Lunatic asylums Central Provinces reports 1910-1926 - 1910-1926
Year: 1910
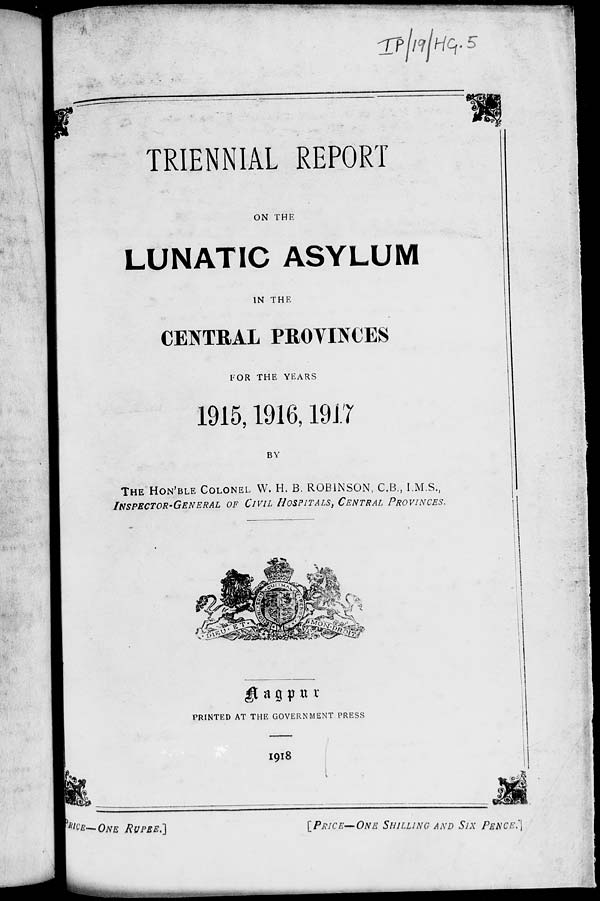
TRIENNIAL REPORT
ON THE
LUNATIC ASYLUM
IN THE
CENTRAL PROVINCES
FOR THE YEARS
1915,1916,1917
BY
THE HON'BLE COLONEL W. H. B. ROBINSON, C.B., I.M.S.,
INSPECTOR-GENERAL OF CIVIL HOSPITALS, CENTRAL PROVINCES.
Nagpur
PRINTED AT THE GOVERNMENT PRESS
1918
PRICE—ONE RUPEE.]
[PRICE—ONE
SHILLING
AND
SIX
PENCE.]